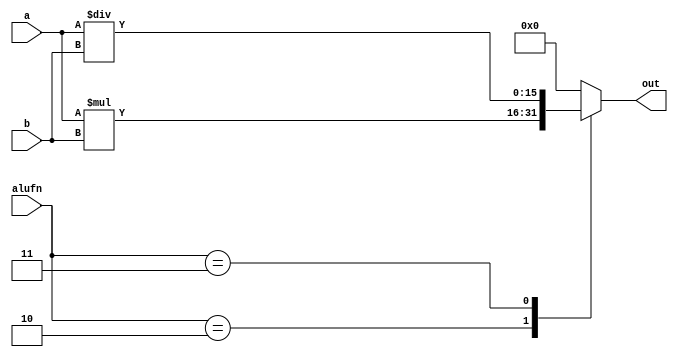
/*
   This file was generated automatically by the Mojo IDE version B1.3.6.
   Do not edit this file directly. Instead edit the original Lucid source.
   This is a temporary file and any changes made to it will be destroyed.
*/

module multiplier_13 (
    input [15:0] a,
    input [15:0] b,
    input [5:0] alufn,
    output reg [15:0] out
  );
  
  
  
  always @* begin
    out = 1'h0;
    
    case (alufn)
      6'h02: begin
        out = $signed(a) * $signed(b);
      end
      6'h03: begin
        out = $signed(a) / $signed(b);
      end
    endcase
  end
endmodule